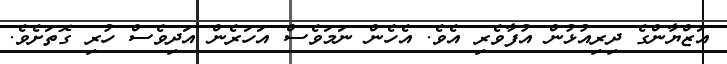
އަޒްޔާންގެ ދިރިއުޅުން އުފާވެރި އެވެ. އެހެން ނަމަވެސް އަހަރެން އަދިވެސް ހުރި ގޮތަށެވެ.